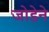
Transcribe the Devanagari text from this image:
जोडेने